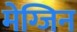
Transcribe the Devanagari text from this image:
मेग्जिन